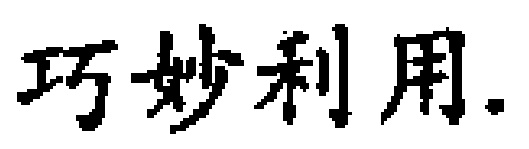
巧妙利用.